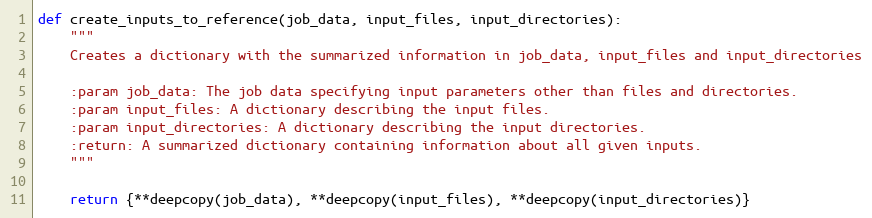
Language: Python
def create_inputs_to_reference(job_data, input_files, input_directories):
    """
    Creates a dictionary with the summarized information in job_data, input_files and input_directories

    :param job_data: The job data specifying input parameters other than files and directories.
    :param input_files: A dictionary describing the input files.
    :param input_directories: A dictionary describing the input directories.
    :return: A summarized dictionary containing information about all given inputs.
    """

    return {**deepcopy(job_data), **deepcopy(input_files), **deepcopy(input_directories)}